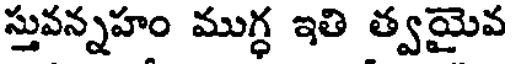
స్తువన్నహం ముగ్ధ ఇతి త్వమైవ